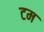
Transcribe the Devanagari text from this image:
टम